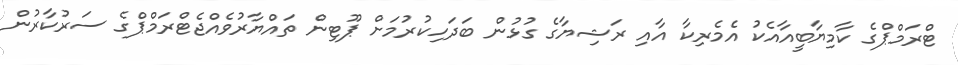
ޓްރަމްޕްގެ ކާމިޔާބީއާއެކު އެމެރިކާ އާއި ރަޝިޔާގެ ގުޅުން ބަދަހިކުރުމަށް ޕޫޓިން ތައްޔާރުވެއްޖެޓްރަމްޕްގެ ސަރުކާރުން